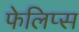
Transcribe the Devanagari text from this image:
फेलिप्स